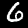
Label: 6